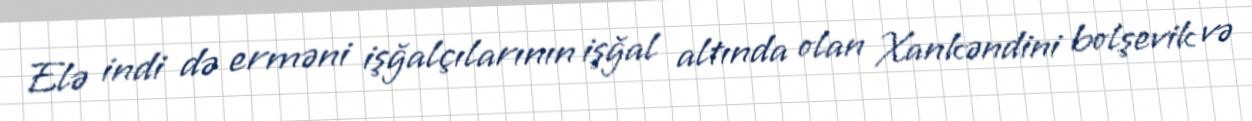
Elə indi də erməni işğalçılarının işğal altında olan Xankəndini bolşevik və